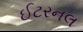
ઈટરનલ